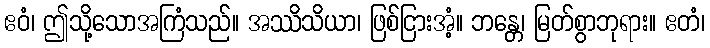
ဧဝံ၊ ဤသို့သောအကြံသည်။ အဿိသိယာ၊ ဖြစ်ငြားအံ့။ ဘန္တေ၊ မြတ်စွာဘုရား။ ဧတံ၊